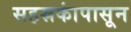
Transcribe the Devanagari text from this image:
सहस्रकांपासून